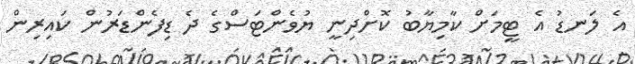
އެ ލަނޑު އެ ޓީމަށް ކާމިޔާބު ކޮށްދިނީ ޔުވެންޓަސްގެ ދެ ޑިފެންޑަރުން ކައިރިން